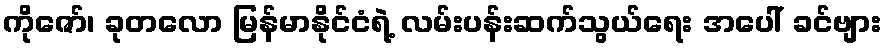
ကိုဇော်၊ ခုတလော မြန်မာနိုင်ငံရဲ့ လမ်းပန်းဆက်သွယ်ရေး အပေါ် ခင်ဗျား